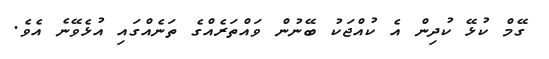
ގޭމް ކުޅޭ ކުދިން އެ ކުއްޖަކު ބޭނުން ވައްތަރެއްގެ ތަނެއްގައި އުޅެވޭނެ އެވެ.